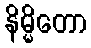
နိမ္မိတော